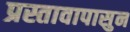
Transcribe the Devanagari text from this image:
प्रस्तावापासुन